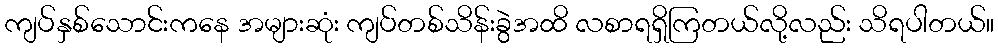
ကျပ်နှစ်သောင်းကနေ အများဆုံး ကျပ်တစ်သိန်းခွဲအထိ လစာရရှိကြတယ်လို့လည်း သိရပါတယ်။